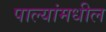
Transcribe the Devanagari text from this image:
पाल्यांमधील